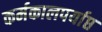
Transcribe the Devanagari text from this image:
कर्मकालपर्याप्त